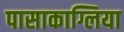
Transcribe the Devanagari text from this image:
पासाकाग्लिया